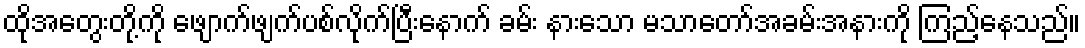
ထိုအတွေးတို့ကို ဖျောက်ဖျက်ပစ်လိုက်ပြီးနောက် ခမ်း နားသော မသာတော်အခမ်းအနားကို ကြည့်နေသည်။